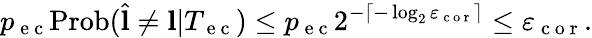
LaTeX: p_{\mathrm{~e~c~}}\mathrm{Prob}(\hat{\mathbf{l}}\neq\mathbf{l}\vert T_{\mathrm{~e~c~}})\leq p_{\mathrm{~e~c~}}2^{-\left\lceil-\log_{2}\varepsilon_{\mathrm{~c~o~r~}}\right\rceil}\leq\varepsilon_{\mathrm{~c~o~r~}}.